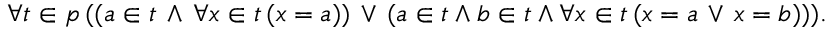
\forall t \in p \, ( ( a \in t \, \land \, \forall x \in t \, ( x = a ) ) \, \lor \, ( a \in t \land b \in t \land \forall x \in t \, ( x = a \, \lor \, x = b ) ) ) .